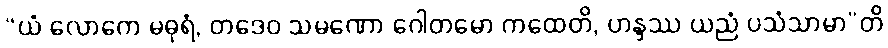
“ယံ လောကေ မဓုရံ, တဒေဝ သမဏော ဂေါတမော ကထေတိ, ဟန္ဒဿ ယညံ ပသံသာမာ”တိ